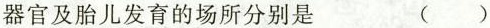
器官及胎儿发育的场所分别是 ()